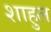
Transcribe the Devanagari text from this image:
शाहुल